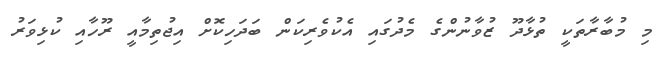
މި މުބާރާތަކީ ތުޅާދޫ ޒުވާނުންގެ މެދުގައި އެކުވެރިކަން ބަދަހިކޮށް އިޖުތިމާއީ ރޫހާއި ކުޅިވަރު